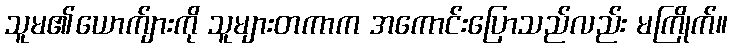
သူမ၏ယောက်ျားကို သူများတကာက အကောင်းပြောသည်လည်း မကြိုက်။